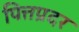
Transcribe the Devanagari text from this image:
पित्तप्रदर